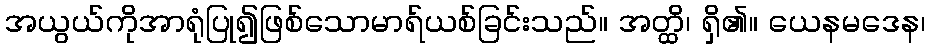
အယွယ်ကိုအာရုံပြု၍ဖြစ်သောမာရ်ယစ်ခြင်းသည်။ အတ္ထိ၊ ရှိ၏။ ယေနမဒေန၊